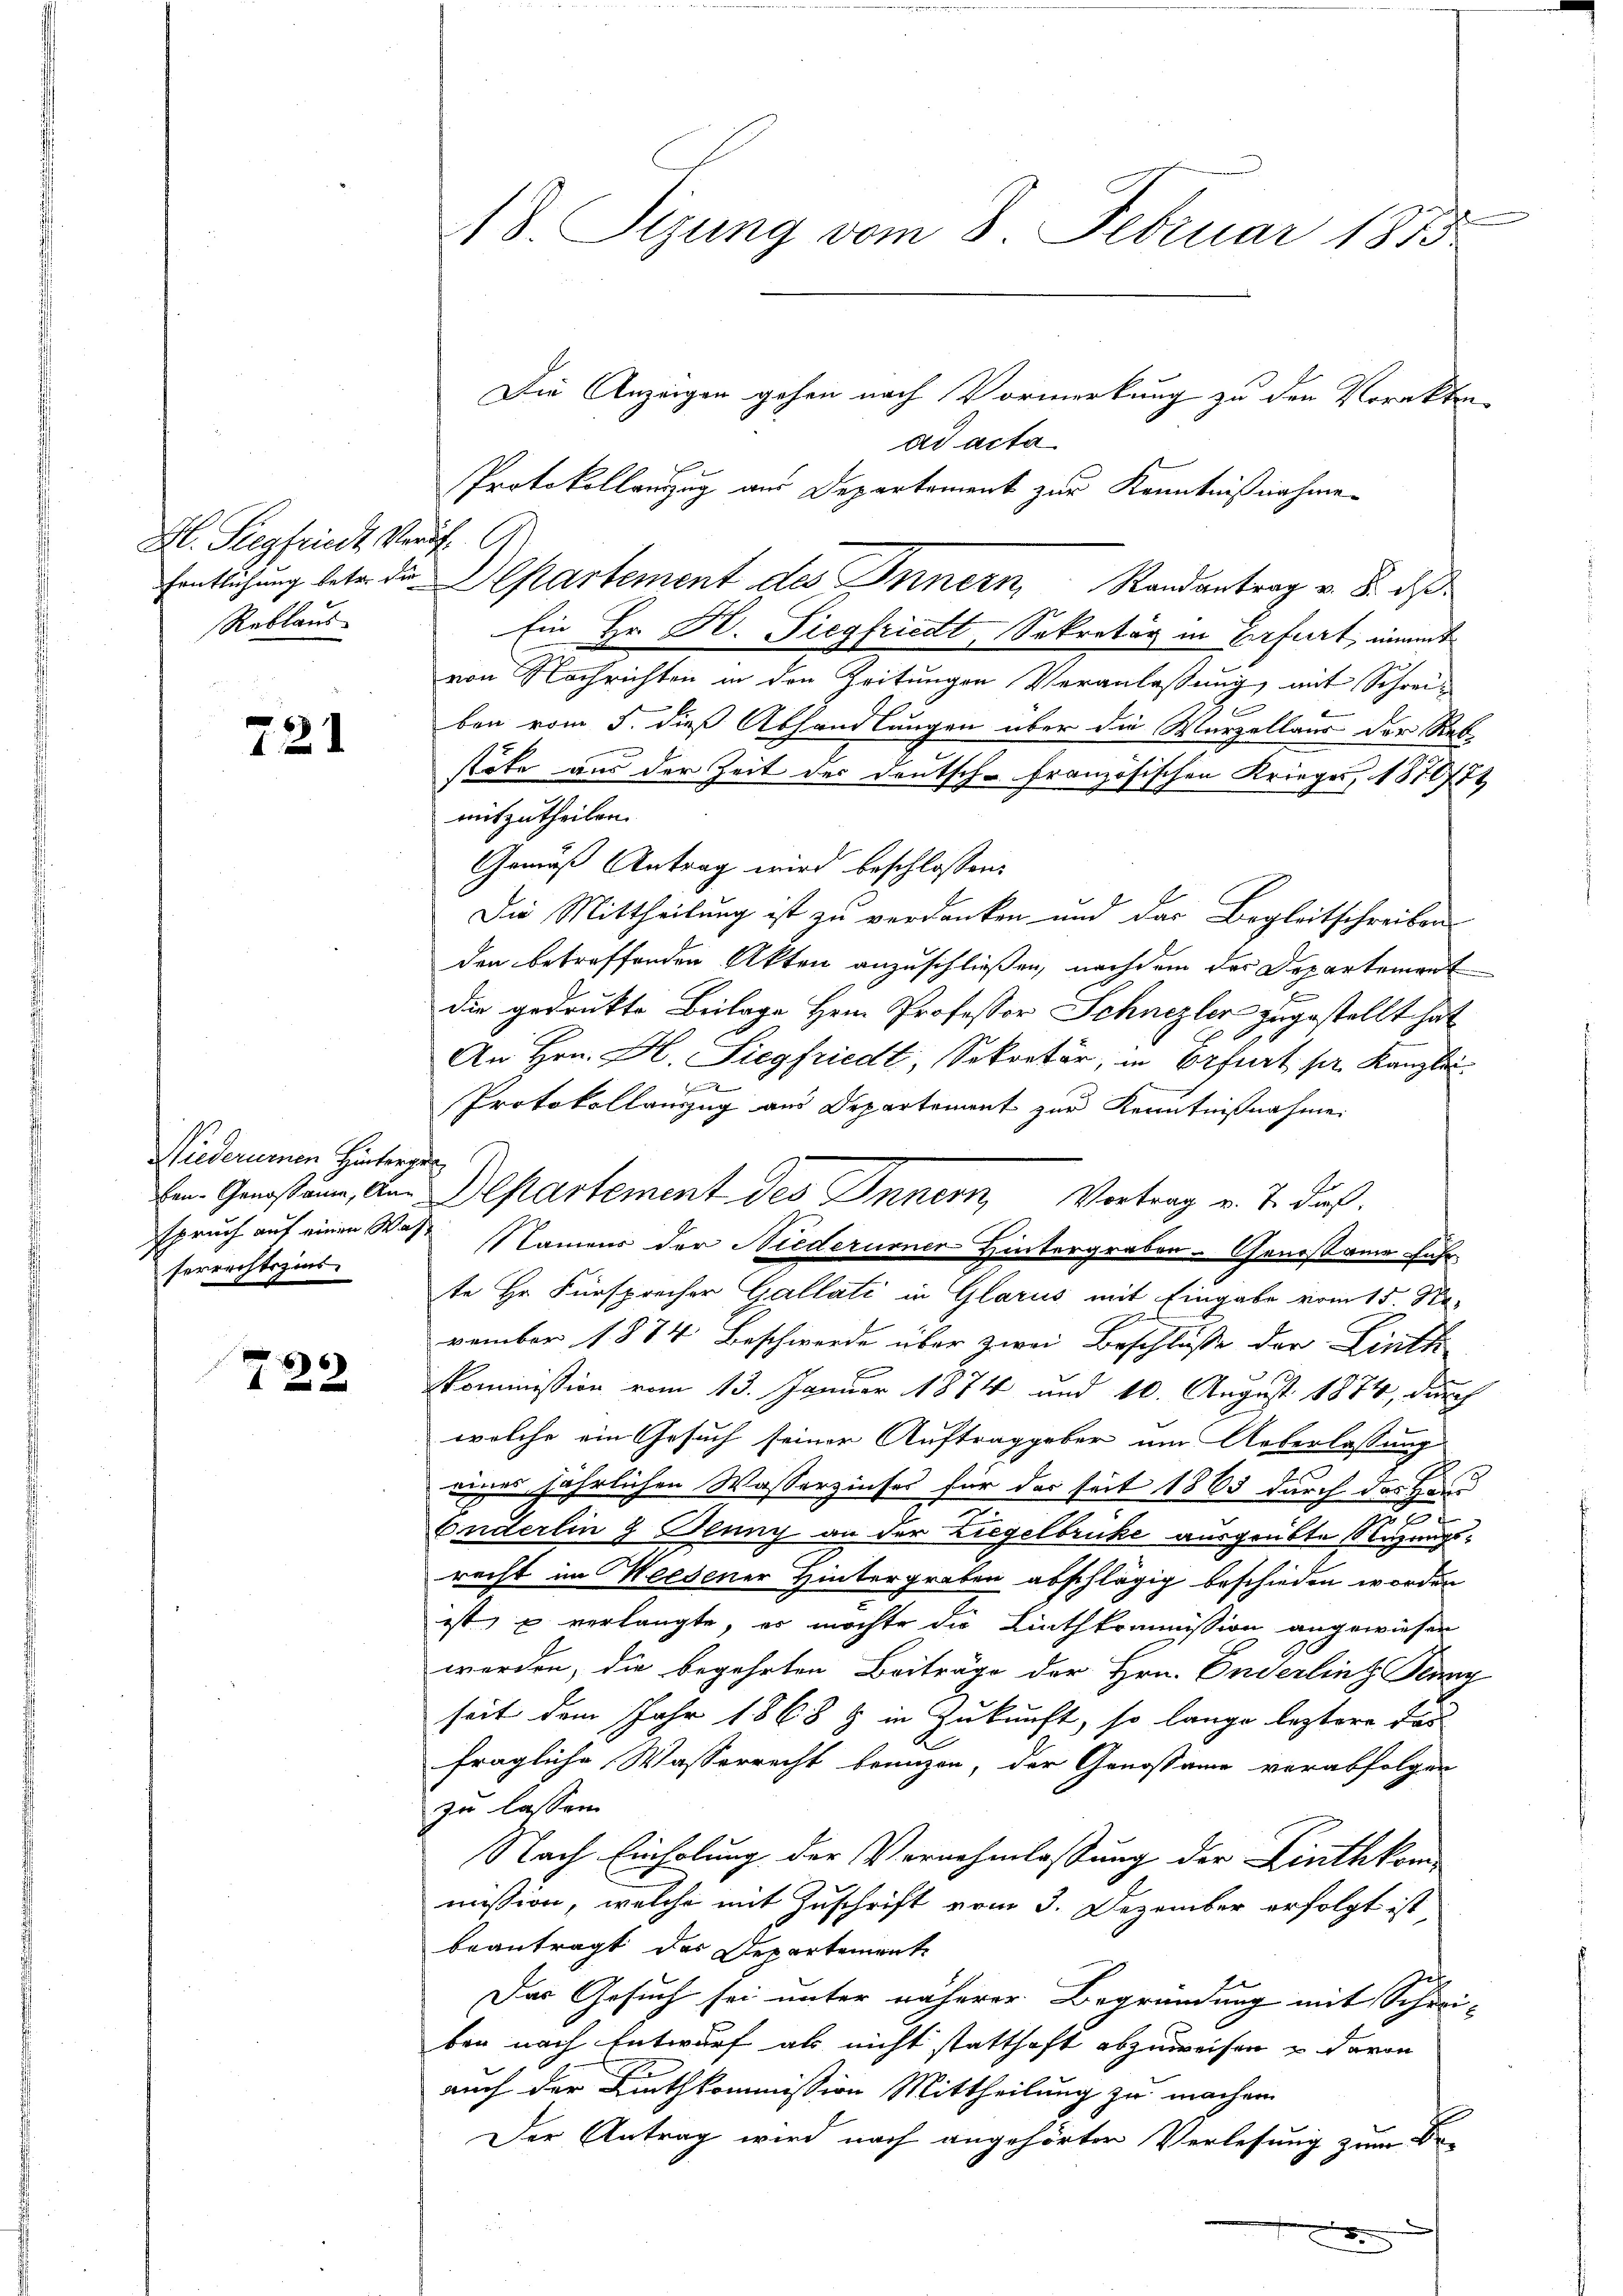
H. Siegfriedt Verf. A
Reklaus

721

Niederumen Hinterge
serrechtszins.

722

Die Anzeigen gehen nach Vormerkung zu den Vorakten-
ad acta
Protokollauszug aus Departement zur Kenntnißnahme
fentlichung betr. die Chartement des Innern Randantrag v. 8. ds
Ein Hr. H. Siegfriedt, Sekretär in Erfurt, nimmt
von Nachrichten in den Zeitungen Veranlaßung, mit Schrei¬
1
ben vom 5. dieß Abhandlungen über die Marzellaus der Reb-
stöte aus der Zeit des Deutsch-Französischen Kriege, 1870/71
mitzutheilen.
Gemäß Antrag wird beschlossen:
Die Mittheilung ist zu verdanken und das Begleitschreiben
den betreffenden Akten anzuschließen, nachdem das Departement
die gedrukte Beilage Herrn Professor Schnezler zugestellt hat
An Hrn. Hl. Siegfriedt, Sekretär, in Erfurt pr. Kanzlei.
m
Protokollauszug aus Departement zur Kenntnißnahme
e. Genosaun, an Departement des Innern, Vortrag v. J. daß
spruch auf einen Was Namens der Niederurner Hintergraben - Genosame Fahr
te Hr. Fürsprecher Gallati in Glarus mit Eingabe vom 15. Na-
vember 1874 Beschwerde über zwei Beschluße der Linth
Kommission vom 13. Januar 1874 und 10. August 1874, durch
welche ein Gesuch seiner Auftraggeber um Ueberlassung
eines jährlichen Wasserzinses für der seit 1865 durch das Hand
t
a
Enderlin 9 Juny an der Liegelbruke ausgeübte Sitzungsrecht im Weesener Hintergraben abschlägig beschieden worden
ist, u verlangte, es möchte die Linthkommission angewiesen
werden, die begehrten Beiträge der Hrn. Enderling Jenny
seit dem Jahr 1868 & in Zukunft, so lange leztere Fas
fragliche Wasserrecht branzen, der Genossame verabfolgen
zu lassen.
Nach Einholung der Vernehmlassung der Linthkommission, welche mit Zuschrift vom 3. Dezember erfolgt ist
beantragt das Departemente
Das Gesuch sei unter näherer Begründung mit Schrei-
ben nach Entwurf als nicht statthaft abzuweisen u davon
auch der Linthkommission Mittheilung zu machen.
Der Antrag wird nach angehörter Verlesung zum Be

48. Stzung vom 8. Februar 1883.